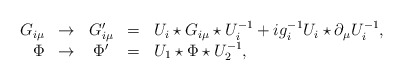
\begin{align*}\begin{array}{rcccl}G_{i\mu}&\to & G^{\prime}_{i\mu}&=&U_i\star G_{i\mu}\star U_i^{-1}+ig_i^{-1}U_i\star\partial_{\mu}U_i^{-1},\\\Phi &\to & \Phi^{\prime}&=&U_1\star\Phi\star U_2^{-1},\end{array}\end{align*}